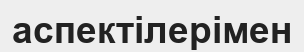
аспектілерімен